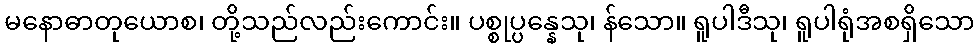
မနောဓာတုယောစ၊ တို့သည်လည်းကောင်း။ ပစ္စုပ္ပန္နေသု၊ န်သော။ ရူပါဒီသု၊ ရူပါရုံအစရှိသော